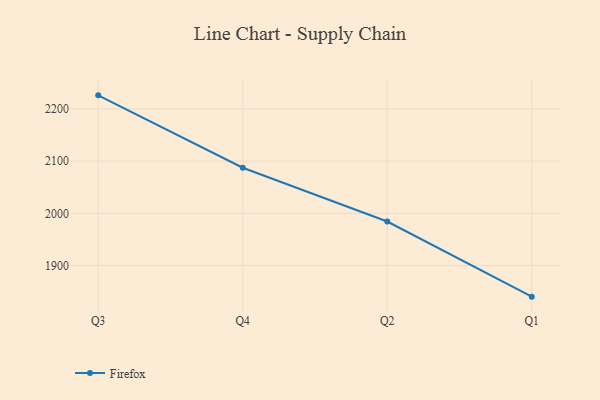
{"axis": {"x": "Quarter", "y": "Customer Acquisition Cost (USD)"}, "legend": ["Firefox"], "data": [{"x": "Q3", "y": 2226.0, "type": "Firefox"}, {"x": "Q4", "y": 2087.4, "type": "Firefox"}, {"x": "Q2", "y": 1984.3, "type": "Firefox"}, {"x": "Q1", "y": 1840.4, "type": "Firefox"}]}